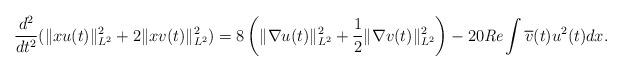
LaTeX: \begin{align*} \frac{d^2}{dt^2} (\|xu(t)\|^2_{L^2} + 2 \|xv(t)\|^2_{L^2}) = 8 \left(\|\nabla u(t)\|^2_{L^2} + \frac{1}{2} \|\nabla v(t)\|^2_{L^2}\right) - 20 \emph{Re} \int \overline{v}(t) u^2(t) dx.\end{align*}